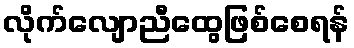
လိုက်လျောညီထွေဖြစ်စေရန်